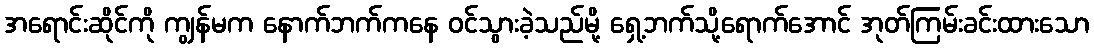
အရောင်းဆိုင်ကို ကျွန်မက နောက်ဘက်ကနေ ဝင်သွားခဲ့သည်မို့ ရှေ့ဘက်သို့ရောက်အောင် အုတ်ကြမ်းခင်းထားသော